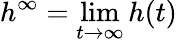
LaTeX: h^{\infty}=\operatorname*{lim}_{t\rightarrow\infty}h(t)